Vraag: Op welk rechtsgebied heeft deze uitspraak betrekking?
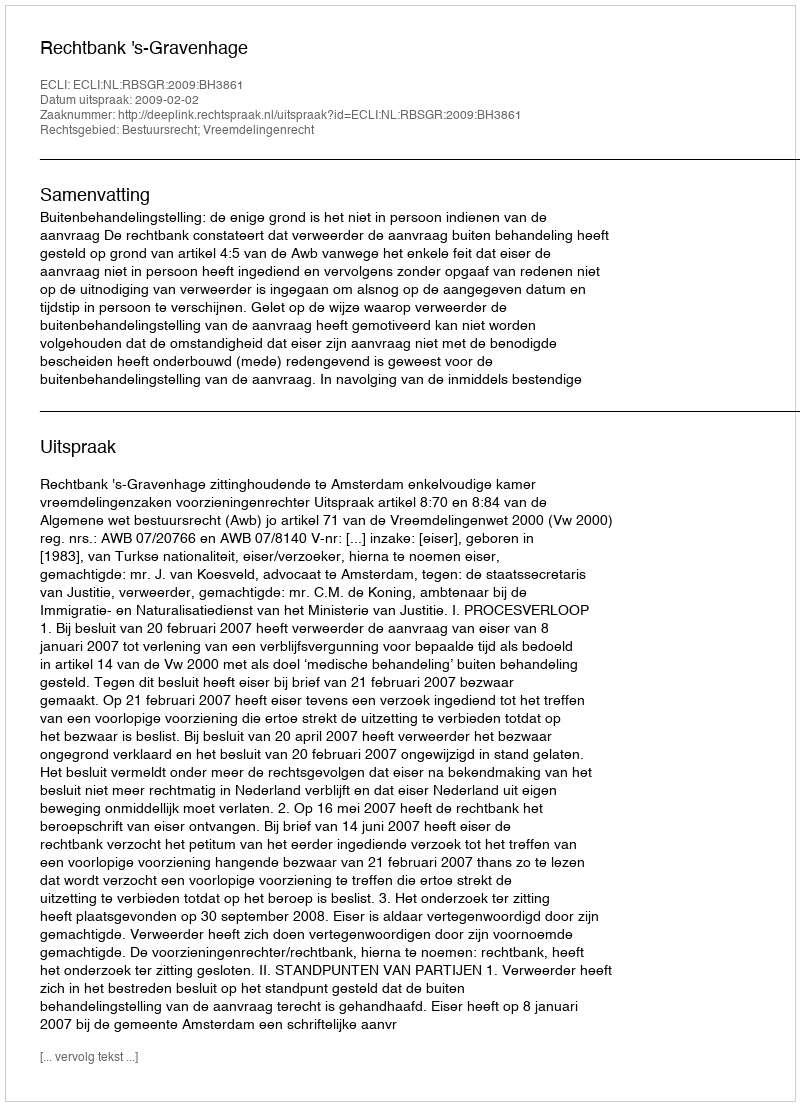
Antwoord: Bestuursrecht; Vreemdelingenrecht